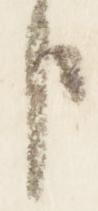
臣